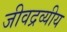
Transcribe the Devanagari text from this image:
जीवद्रव्यीय